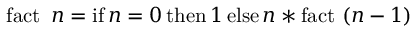
\operatorname { f a c t } \ n = \operatorname { i f } n = 0 \operatorname { t h e n } 1 \operatorname { e l s e } n * \operatorname { f a c t } \ ( n - 1 )